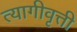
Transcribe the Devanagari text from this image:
त्यागीवृत्ती